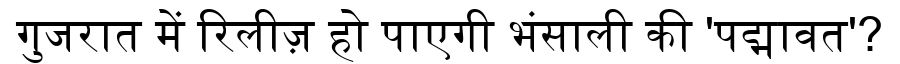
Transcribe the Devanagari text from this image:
गुजरात में रिलीज़ हो पाएगी भंसाली की 'पद्मावत'?